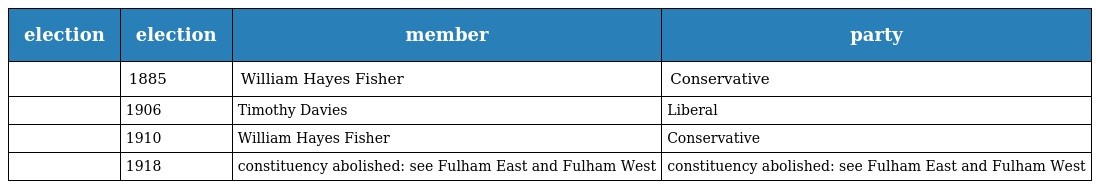
| election | election | member | party |
 | --- | --- | --- | --- |
 |  | 1885 | William Hayes Fisher | Conservative |
 |  | 1906 | Timothy Davies | Liberal |
 |  | 1910 | William Hayes Fisher | Conservative |
 |  | 1918 | constituency abolished: see Fulham East and Fulham West | constituency abolished: see Fulham East and Fulham West |